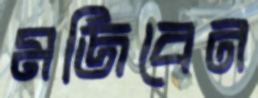
মজিবেন